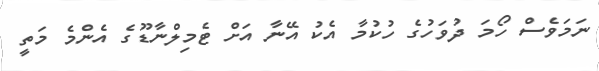
ނަމަވެސް ހޯމަ ދުވަހުގެ ހުކުމާ އެކު އޭނާ އަށް ޓެމިލްނާޑޫގެ އެންމެ މަތީ